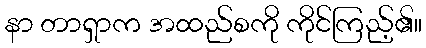
နာ တာရှာက အထည်စကို ကိုင်ကြည့်၏။